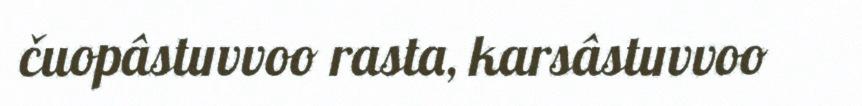
čuopâstuvvoo rasta, karsâstuvvoo